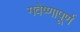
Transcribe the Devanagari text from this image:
गवेष्णापूर्ण